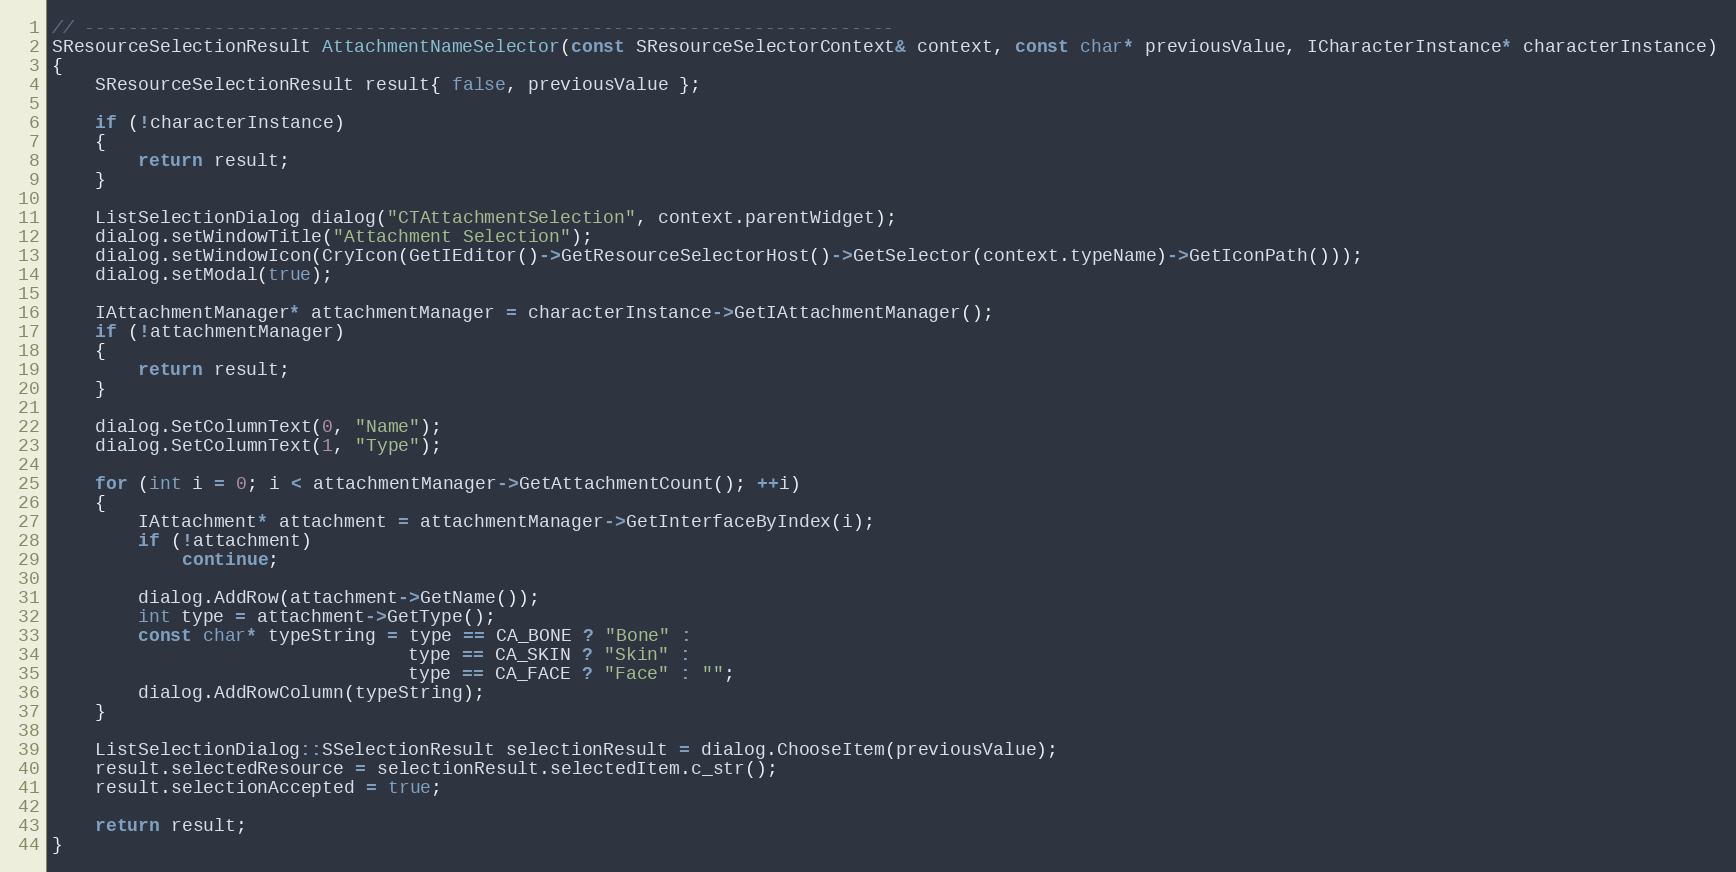
Language: C++
// ---------------------------------------------------------------------------
SResourceSelectionResult AttachmentNameSelector(const SResourceSelectorContext& context, const char* previousValue, ICharacterInstance* characterInstance)
{
	SResourceSelectionResult result{ false, previousValue };

	if (!characterInstance)
	{
		return result;
	}

	ListSelectionDialog dialog("CTAttachmentSelection", context.parentWidget);
	dialog.setWindowTitle("Attachment Selection");
	dialog.setWindowIcon(CryIcon(GetIEditor()->GetResourceSelectorHost()->GetSelector(context.typeName)->GetIconPath()));
	dialog.setModal(true);

	IAttachmentManager* attachmentManager = characterInstance->GetIAttachmentManager();
	if (!attachmentManager)
	{
		return result;
	}

	dialog.SetColumnText(0, "Name");
	dialog.SetColumnText(1, "Type");

	for (int i = 0; i < attachmentManager->GetAttachmentCount(); ++i)
	{
		IAttachment* attachment = attachmentManager->GetInterfaceByIndex(i);
		if (!attachment)
			continue;

		dialog.AddRow(attachment->GetName());
		int type = attachment->GetType();
		const char* typeString = type == CA_BONE ? "Bone" :
		                         type == CA_SKIN ? "Skin" :
		                         type == CA_FACE ? "Face" : "";
		dialog.AddRowColumn(typeString);
	}

	ListSelectionDialog::SSelectionResult selectionResult = dialog.ChooseItem(previousValue);
	result.selectedResource = selectionResult.selectedItem.c_str();
	result.selectionAccepted = true;

	return result;
}